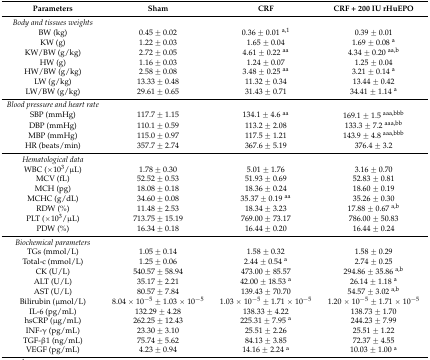
<table><thead><tr><td><b>Parameters</b></td><td><b>Sham</b></td><td><b>CRF</b></td><td><b>CRF + 200 IU rHuEPO</b></td></tr></thead><tbody><tr><td><i>Body and tissues weights</i></td><td></td><td></td><td></td></tr><tr><td>BW (kg)</td><td>0.45 ± 0.02</td><td>0.36 ± 0.01 <sup>a,1</sup></td><td>0.39 ± 0.01</td></tr><tr><td>KW (g)</td><td>1.22 ± 0.03</td><td>1.65 ± 0.04 </td><td>1.69 ± 0.08 <sup>a</sup></td></tr><tr><td>KW/BW (g/kg)</td><td>2.72 ± 0.05</td><td>4.61 ± 0.22 <sup>aa</sup></td><td>4.34 ± 0.20 <sup>aa,b</sup></td></tr><tr><td>HW (g)</td><td>1.16 ± 0.03</td><td>1.24 ± 0.07</td><td>1.25 ± 0.04</td></tr><tr><td>HW/BW (g/kg)</td><td>2.58 ± 0.08</td><td>3.48 ± 0.25 <sup>aa</sup></td><td>3.21 ± 0.14 <sup>a</sup></td></tr><tr><td>LW (g/kg)</td><td>13.33 ± 0.48</td><td>11.32 ± 0.34</td><td>13.44 ± 0.42</td></tr><tr><td>LW/BW (g/kg)</td><td>29.61 ± 0.65</td><td>31.43 ± 0.71</td><td>34.41 ± 1.14 <sup>a</sup></td></tr><tr><td><i>Blood pressure and heart rate</i></td><td></td><td></td><td></td></tr><tr><td>SBP (mmHg)</td><td>117.7 ± 1.15</td><td>134.1 ± 4.6 <sup>aa</sup></td><td>169.1 ± 1.5 <sup>aaa,bbb</sup></td></tr><tr><td>DBP (mmHg)</td><td>110.1 ± 0.59</td><td>113.2 ± 2.08</td><td>133.3 ± 7.2 <sup>aaa,bb</sup></td></tr><tr><td>MBP (mmHg)</td><td>115.0 ± 0.97</td><td>117.5 ± 1.21</td><td>143.9 ± 4.8 <sup>aaa,bbb</sup></td></tr><tr><td>HR (beats/min)</td><td>357.7 ± 2.74</td><td>367.6 ± 5.19</td><td>376.4 ± 3.2</td></tr><tr><td><i>Hematological data</i></td><td></td><td></td><td></td></tr><tr><td>WBC (×10<sup>3</sup>/μL)</td><td>1.78 ± 0.30</td><td>5.01 ± 1.76</td><td>3.16 ± 0.70</td></tr><tr><td>MCV (fL)</td><td>52.52 ± 0.53</td><td>51.93 ± 0.69</td><td>52.83 ± 0.81</td></tr><tr><td>MCH (pg)</td><td>18.08 ± 0.18</td><td>18.36 ± 0.24</td><td>18.60 ± 0.19</td></tr><tr><td>MCHC (g/dL)</td><td>34.60 ± 0.08</td><td>35.37 ± 0.19 <sup>aa</sup></td><td>35.26 ± 0.30</td></tr><tr><td>RDW (%)</td><td>11.48 ± 2.53</td><td>18.34 ± 3.23</td><td>17.88 ± 0.67 <sup>a,b</sup></td></tr><tr><td>PLT (×10<sup>3</sup>/μL)</td><td>713.75 ± 15.19</td><td>769.00 ± 73.17</td><td>786.00 ± 50.83</td></tr><tr><td>PDW (%)</td><td>16.34 ± 0.18</td><td>16.44 ± 0.20</td><td>16.44 ± 0.24</td></tr><tr><td><i>Biochemical parameters</i></td></tr><tr><td>TGs (mmol/L)</td><td>1.05 ± 0.14</td><td>1.58 ± 0.32</td><td>1.58 ± 0.29</td></tr><tr><td>Total-c (mmol/L)</td><td>1.25 ± 0.06</td><td>2.44 ± 0.54 <sup>a</sup></td><td>2.74 ± 0.25</td></tr><tr><td>CK (U/L)</td><td>540.57 ± 58.94</td><td>473.00 ± 85.57</td><td>294.86 ± 35.86 <sup>a,b</sup></td></tr><tr><td>ALT (U/L)</td><td>35.17 ± 2.21</td><td>42.00 ± 18.53 <sup>a</sup></td><td>26.14 ± 1.18 <sup>a</sup></td></tr><tr><td>AST (U/L)</td><td>80.57 ± 7.84</td><td>139.43 ± 70.70</td><td>54.57 ± 3.02 <sup>a,b</sup></td></tr><tr><td>Bilirubin (μmol/L)</td><td>8.04 × 10<sup>−5</sup> ± 1.03 × 10<sup>−5</sup></td><td>1.03 × 10<sup>−5</sup> ± 1.71 × 10<sup>−5</sup></td><td>1.20 × 10<sup>−5</sup> ± 1.71 × 10<sup>−5</sup></td></tr><tr><td>IL-6 (pg/mL)</td><td>132.29 ± 4.28</td><td>138.33 ± 4.22</td><td>138.73 ± 1.70</td></tr><tr><td>hsCRP (μg/mL)</td><td>262.25 ± 12.43</td><td>225.31 ± 7.95 <sup>a</sup></td><td>244.23 ± 7.99</td></tr><tr><td>INF-γ (pg/mL)</td><td>23.30 ± 3.10</td><td>25.51 ± 2.26</td><td>25.51 ± 1.22</td></tr><tr><td>TGF-β1 (ng/mL)</td><td>75.74 ± 5.62</td><td>84.13 ± 3.85</td><td>72.37 ± 4.55</td></tr><tr><td>VEGF (pg/mL)</td><td>4.23 ± 0.94</td><td>14.16 ± 2.24 <sup>a</sup></td><td>10.03 ± 1.00 <sup>a</sup></td></tr></tbody></table>